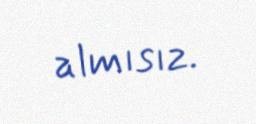
almısız.